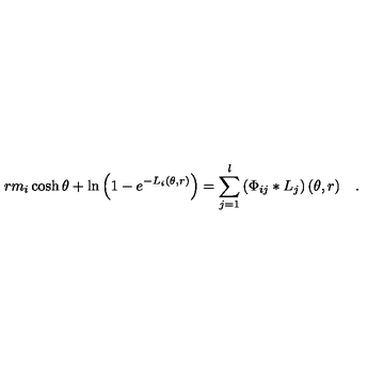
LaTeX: r m _ { i } \cosh \theta + \ln \left( 1 - e ^ { - L _ { i } ( \theta , r ) } \right) = \sum _ { j = 1 } ^ { l } \left( \Phi _ { i j } * L _ { j } \right) ( \theta , r ) \quad .